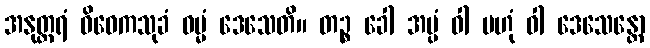
အနုတ္တရံ ဝိဝေကသုခံ ဓမ္မံ ဒေသေတိ။ တဉ္စ ခေါ အပ္ပံ ဝါ ဗဟုံ ဝါ ဒေသေန္တော